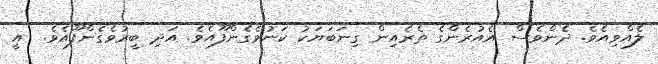
ލެއްވިއެވެ. ދެންވެސް އެއުރެންގެ ތެރެއިން ގިނަބަޔަކު ކަނުވެގެންފޫއެވެ. އަދި ބީރުވެގެންފޫއެވެ.  އީ